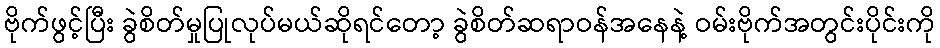
ဗိုက်ဖွင့်ပြီး ခွဲစိတ်မှုပြုလုပ်မယ်ဆိုရင်တော့ ခွဲစိတ်ဆရာဝန်အနေနဲ့ ဝမ်းဗိုက်အတွင်းပိုင်းကို